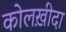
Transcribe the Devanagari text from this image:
कोलख़ीदा